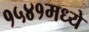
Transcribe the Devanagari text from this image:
१५४१मध्ये